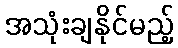
အသုံးချနိုင်မည့်